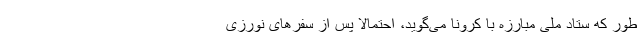
طور که ستاد ملی مبارزه با کرونا می‌گوید، احتمالا پس از سفرهای نورزی